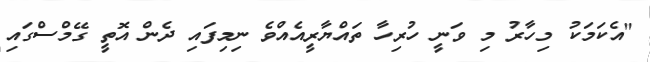
"އެކަމަކު މިހާރު މި ވަނީ ހުރިހާ ތައްޔާރީއެއްވެ ނިމިފައި ދެން އޮތީ ގޭމްސްގައި